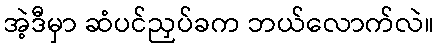
အဲ့ဒီမှာ ဆံပင်ညှပ်ခက ဘယ်လောက်လဲ။